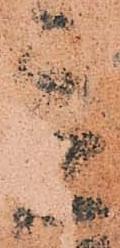
立